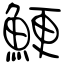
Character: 鯁